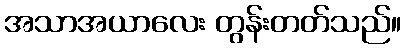
အသာအယာလေး တွန်းတတ်သည်။